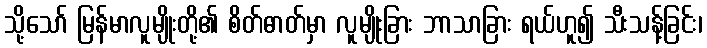
သို့သော် မြန်မာလူမျိုးတို့၏ စိတ်ဓာတ်မှာ လူမျိုးခြား ဘာသာခြား ရယ်ဟူ၍ သီးသန့်ခြင်း၊